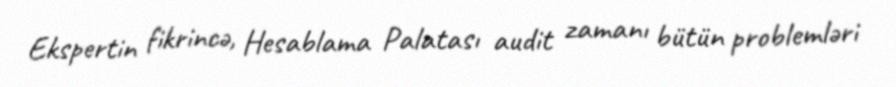
Ekspertin fikrincə, Hesablama Palatası audit zamanı bütün problemləri